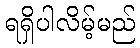
ရရှိပါလိမ့်မည်